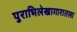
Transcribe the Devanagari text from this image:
पुराभिलेखागारातला